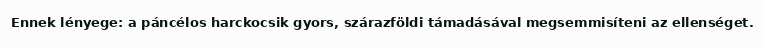
Ennek lényege: a páncélos harckocsik gyors, szárazföldi támadásával megsemmisíteni az ellenséget.